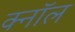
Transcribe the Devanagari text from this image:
क्नॉल